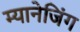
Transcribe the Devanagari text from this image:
म्यानेजिंग